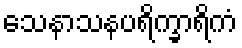
သေနာသနပရိက္ခာရိကံ